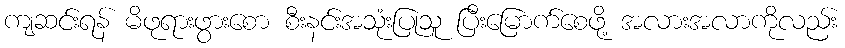
ကျဆင်းရန် မိဖုရားဖွားစော စီးနင်းအသုံးပြုသူ ပြီးမြောက်စေဖို့ အလားအလာကိုလည်း